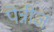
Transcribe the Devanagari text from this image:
पेन्नीज